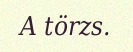
A törzs.